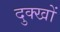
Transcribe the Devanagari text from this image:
दुक्खों